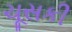
ચૂસકી